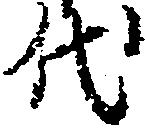
代